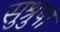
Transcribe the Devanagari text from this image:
सुश्रुषा